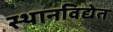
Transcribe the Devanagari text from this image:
स्थानविद्येत